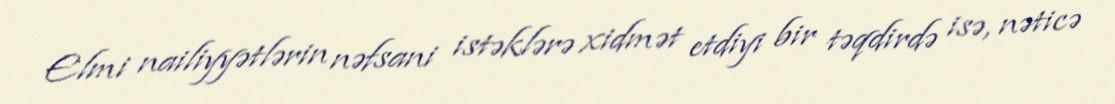
Elmi nailiyyətlərin nəfsani istəklərə xidmət etdiyi bir təqdirdə isə, nəticə